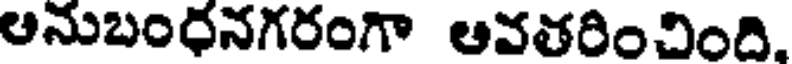
ఆనుబంధనగరంగా ఆవతరించింది,